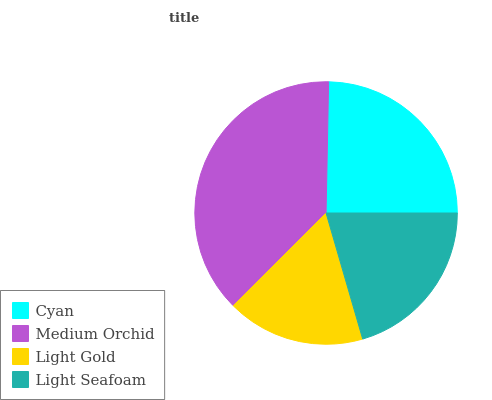
| Cyan | Medium Orchid | Light Gold | Light Seafoam |
 | --- | --- | --- | --- |
 | 24.6% | 37.8% | 17% | 20.5% |